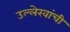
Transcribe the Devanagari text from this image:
उल्लेखांची